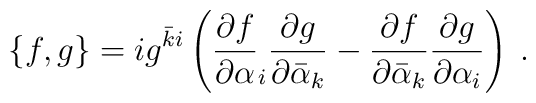
\{f,g\}=ig^{\bar{k}i}\left(\frac{\partial f}{\partial\alpha}_{i}\frac{\partial g}{\partial\bar{\alpha}_{k}}-\frac{\partial f}{\partial\bar{\alpha}_{k}}\frac{\partial g}{\partial\alpha_{i}}\right)\:.